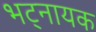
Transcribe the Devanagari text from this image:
भट्नायक